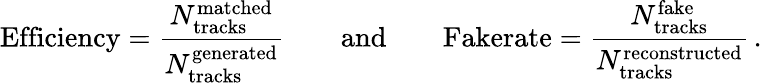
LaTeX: \textrm{Efficiency}=\frac{N_{\mathrm{tracks}}^{\mathrm{matched}}}{N_{\mathrm{tracks}}^{\mathrm{generated}}}\qquad\mathrm{and}\qquad\textrm{Fakerate}=\frac{N_{\mathrm{tracks}}^{\mathrm{fake}}}{N_{\mathrm{tracks}}^{\mathrm{reconstructed}}}\, .